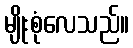
မျိုးစုံလေသည်။